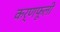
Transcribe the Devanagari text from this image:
कर्णफूली